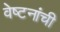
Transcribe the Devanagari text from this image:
वेष्टनांची